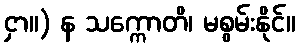
ငှာ။) န သက္ကောတိ၊ မစွမ်းနိုင်။